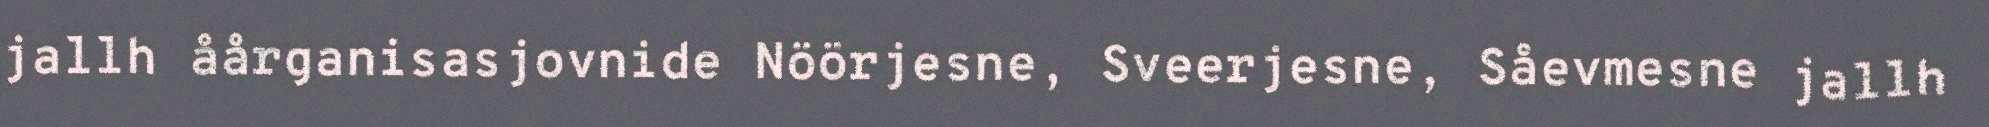
jallh åårganisasjovnide Nöörjesne, Sveerjesne, Såevmesne jallh